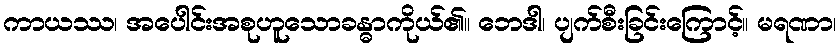
ကာယဿ၊ အပေါင်းအစုဟူသောခန္ဓာကိုယ်၏။ ဘေဒါ၊ ပျက်စီးခြင်းကြောင့်။ မရဏာ၊